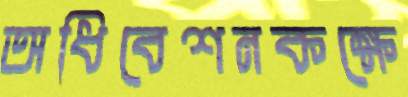
অধিবেশনকক্ষে